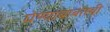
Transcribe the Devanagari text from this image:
घेण्याबाबतची